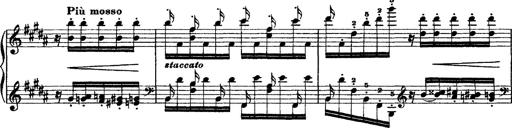
Title: Grandes Ã©tudes de Paganini
Composer: Franz Liszt